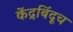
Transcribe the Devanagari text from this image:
केंद्रबिंदूच